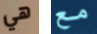
هي مع